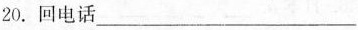
20.回电话___